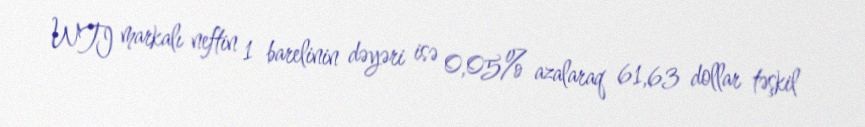
WTI markalı neftin 1 barelinin dəyəri isə 0,05% azalaraq 61,63 dollar təşkil